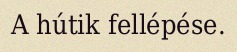
A hútik fellépése.